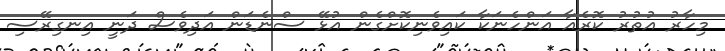
މިހާރު އުތުރު ކޮރެއާ އަންހެނަކާ ކައިވެނިކޮށްގެން އުޅޭ ސްނެޑަން އަދިވެސް ދަނީ އިނގިރޭސި